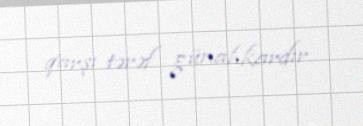
qarşı tərəf günahkardır.